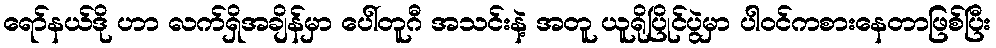
ရော်နယ်ဒို ဟာ လက်ရှိအချိန်မှာ ပေါ်တူဂီ အသင်းနဲ့ အတူ ယူရိုပြိုင်ပွဲမှာ ပါဝင်ကစားနေတာဖြစ်ပြီး